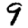
Digit: 9